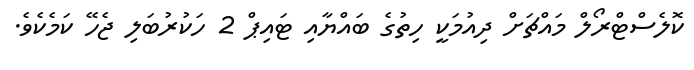
ކޮލެސްޓްރޯލް މައްޗަށް ދިއުމަކީ ހިތުގެ ބައްޔާއި ޓައިޕް 2 ހަކުރުބަލި ޖެހޭ ކަމެކެވެ.